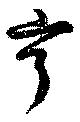
亨